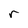
Character: r